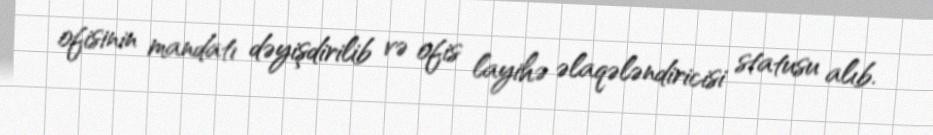
ofisinin mandatı dəyişdirilib və ofis layihə əlaqələndiricisi statusu alıb.